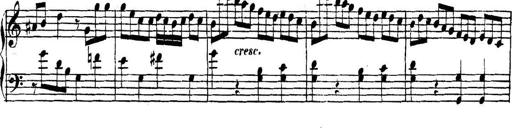
Title: Collected Piano Sonatas
Composer: Muzio Clementi